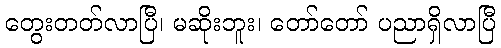
တွေးတတ်လာပြီ၊ မဆိုးဘူး၊ တော်တော် ပညာရှိလာပြီ